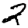
Digit: 2